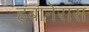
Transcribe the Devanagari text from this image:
हबानेरास